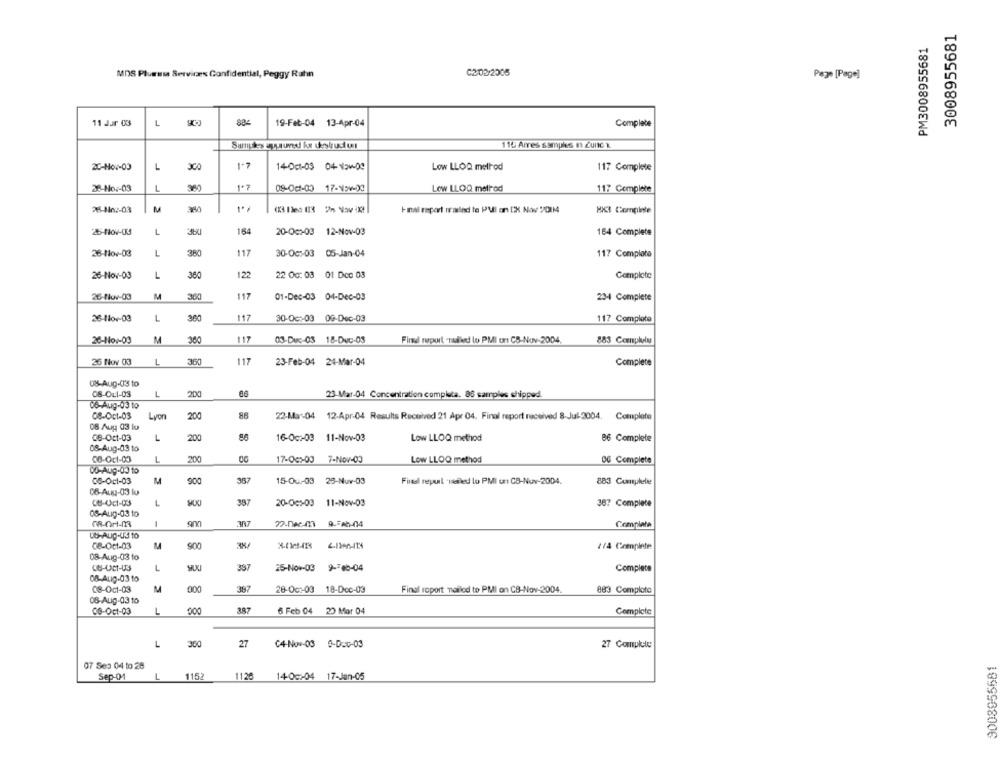
3008955681
PM3008955681
MDS Pluemsa Services Confidential, Peggy Rahn
C2/02/2005
Page [Page]
11 Jar 03
L
19-Feb-04 13-Apr-04
Complete
110 Arres samples n Zunic z
2C-How-03
L
1-1
140c1-03 04154-09
Low LLOQ method
117 Complete
28-Ho :- 03
L
09-00-00 17-154-03
Low LLOQ method
117 Complete
28-8402-03
M
Imal raport iralnd te Pull on [X Nov /DIN
HII Complete
L
164
20-0c :- 03 12-Nov-03
164 Complete
380
117
28-Nov-03
L
30-Oc :- 03 05-Jan-04
117 Complato
26-Nov-03
L
360
122
22 Oo: 03 01 Dec 03
Complete
26-Nov-03
M
360
117
01-Dec-03 04-Dec-03
23-4 Complete
26-11or-03
L
117
30-Oct-03 09-Dec-03
117 Complete
26-Nov-03
M
117
03-Duc-03 18-Duc-05
Final report -radid lo PMI urt CB-Nov-2004.
883 Complla
26 Nov 03
L
360
117
23-Feb-04 24-Mar-04
Complete
08-Aug-03 to
08-Ou1-03
L
200
86
23-Mar-04 Concentration completa. 86 samples shipped.
36-Aug-03 to
08-Oct-03
Lyon
200
86
22-Mar-04 12-Apr-04 Results Received 21 Apr 04. Final report received 8-Jul-2004, Complete
08 Aug 03 lu
06-Oct-03
L
200
16-0c :- 03 11-Nov-03
Low LLOQ method
86 Complete
08-Aug-03 to
200
08-Oct-03
L
17-OG :- 00 7-Nov-03
Low LLOQ method
DG Complete
CO-Aug-03 to
06-Oct-03
M
900
387
15-Ou-03 29-Nuv-03
Final repurl -Halled lo PMI un CB-Nov-2004.
883 Complete
06-Aug-03 lu
CU-Oct-03
L
387
20-00 :- 03 11-Nov-03
387 Complete
05-Aug-03 to
-
307
Completa
ut-Aug-US to
08-Oct-03
M
114 Creplete
08-Aug-03 to
L
397
25-Nov-03 9-00-04
Complece
08-Aug-03 to
08-Oct-03
M
000
387
28-Oct-03 18-Dec-03
Final report mailed to PMI on CB-Nov-2004.
883 Comploto
08-Aug-03 10
L
387
08-Oct-03
6 Feb 04 20 Mor 04
Complete
L
360
27
C4-Nov-03 -Doc-03
27 Compke
9008955681
07 Ses 04 to 28
Sep-01
L
1152
1126
140c :- 04 17-Jan-05